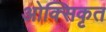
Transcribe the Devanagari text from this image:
ओक्सिकृत